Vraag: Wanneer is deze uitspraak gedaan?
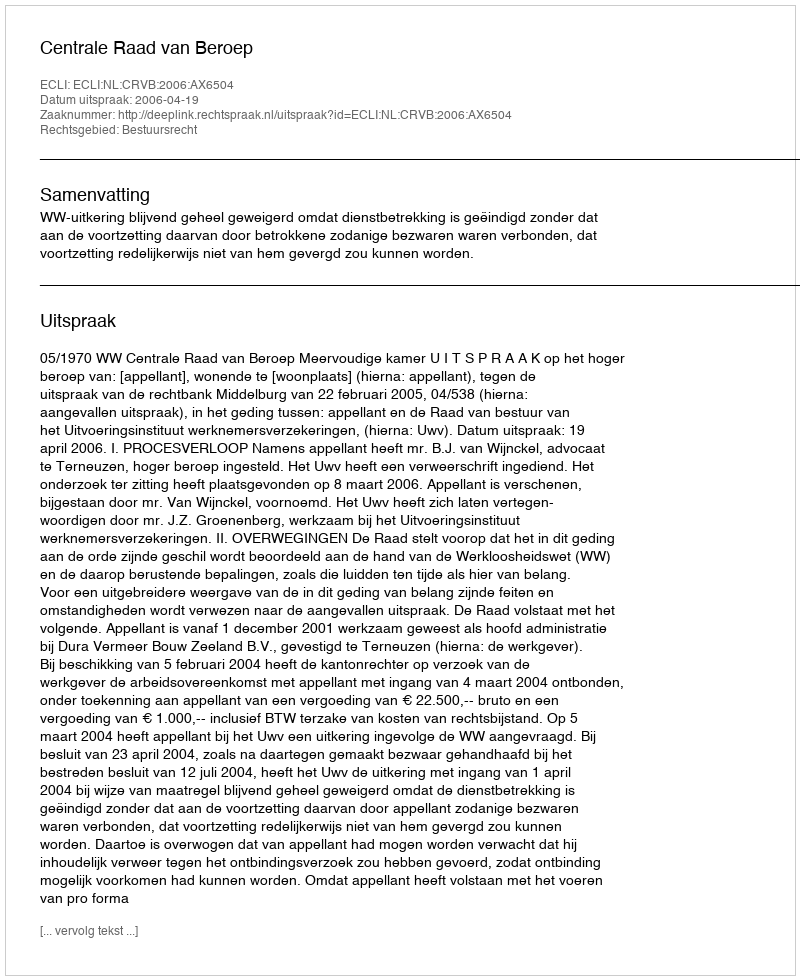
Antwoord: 2006-04-19